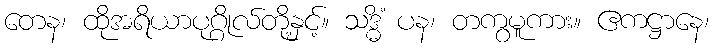
တေန၊ ထိုအရိယာပုဂ္ဂိုလ်တို့နှင့်။ သဒ္ဓိံ ပန၊ တကွမူကား။ ဧကဋ္ဌာနေ၊